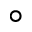
^ \circ